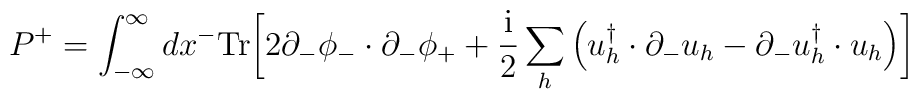
P^+=\int ^\infty _{-\infty} dx^- \mbox{Tr}  \biggl[2 \partial_- \phi_- \cdot \partial_- \phi_++ {{\rm i} \over 2} \sum_h \left ( u^\dagger_h \cdot\partial_- u_h -\partial_-u^\dagger_h \cdot u_h \right )\biggr ]